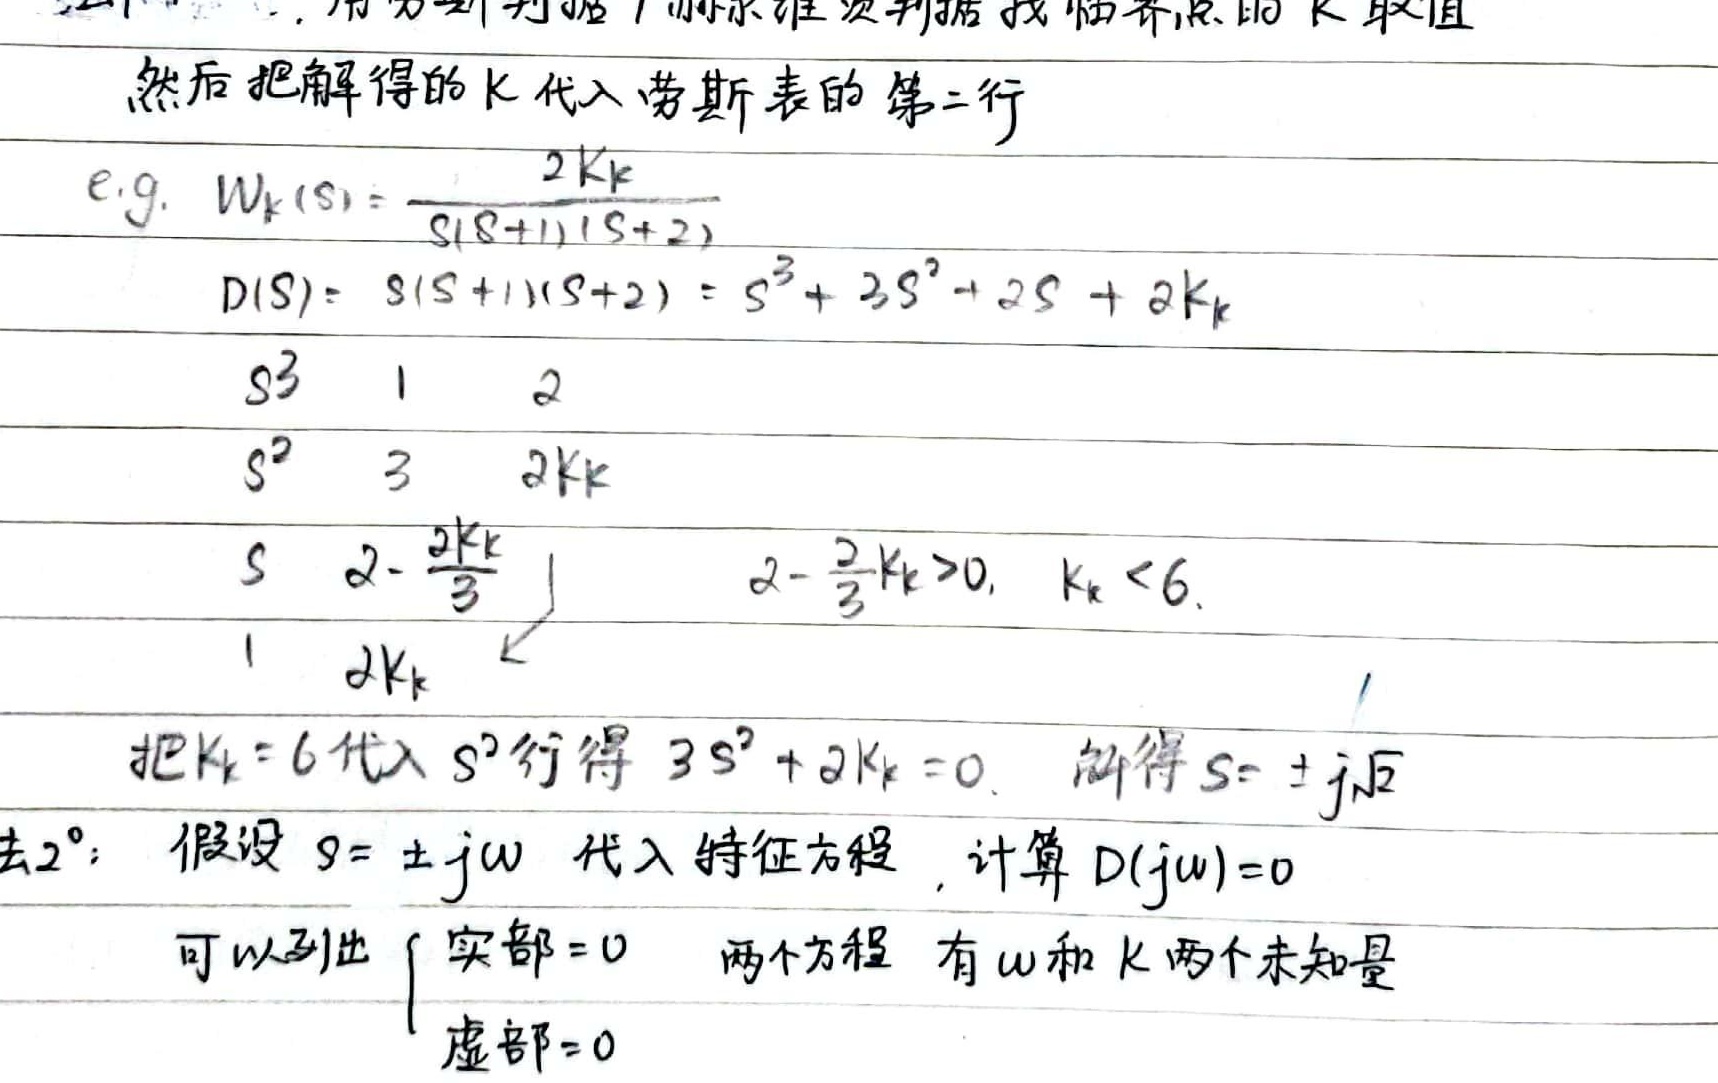
1. 用劳斯判据/赫尔维茨判据找临界点的 \(K\) 取值，然后把解得的 \(K\) 代入劳斯表的第二行。
e.g. \(W_{k}(s)=\frac{2K_{k}}{s(s + 1)(s + 2)}\)
\(D(s)=s(s + 1)(s + 2)=s^{3}+3s^{2}+2s + 2K_{k}\)
\[
\begin{array}{c|cc}
s^{3}&1&2\\
s^{2}&3&2K_{k}\\
s&2-\frac{2K_{k}}{3}&\\
1&2K_{k}&
\end{array}
\]
\(2-\frac{2}{3}K_{k}>0,\ K_{k}<6\)
把 \(K_{k}=6\) 代入 \(s^{2}\) 行得 \(3s^{2}+2K_{k}=0\)。解得 \(s=\pm j\sqrt{2}\)

法2°：假设 \(s = \pm j\omega\) 代入特征方程，计算 \(D(j\omega)=0\)，可以列出 \(\begin{cases}\text{实部}=0\\\text{虚部}=0\end{cases}\) 两个方程，有 \(\omega\) 和 \(K\) 两个未知量。